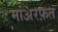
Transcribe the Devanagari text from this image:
माअरफ़त